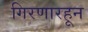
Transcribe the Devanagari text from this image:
गिरणारहून